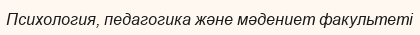
Психология, педагогика және мәдениет факультеті